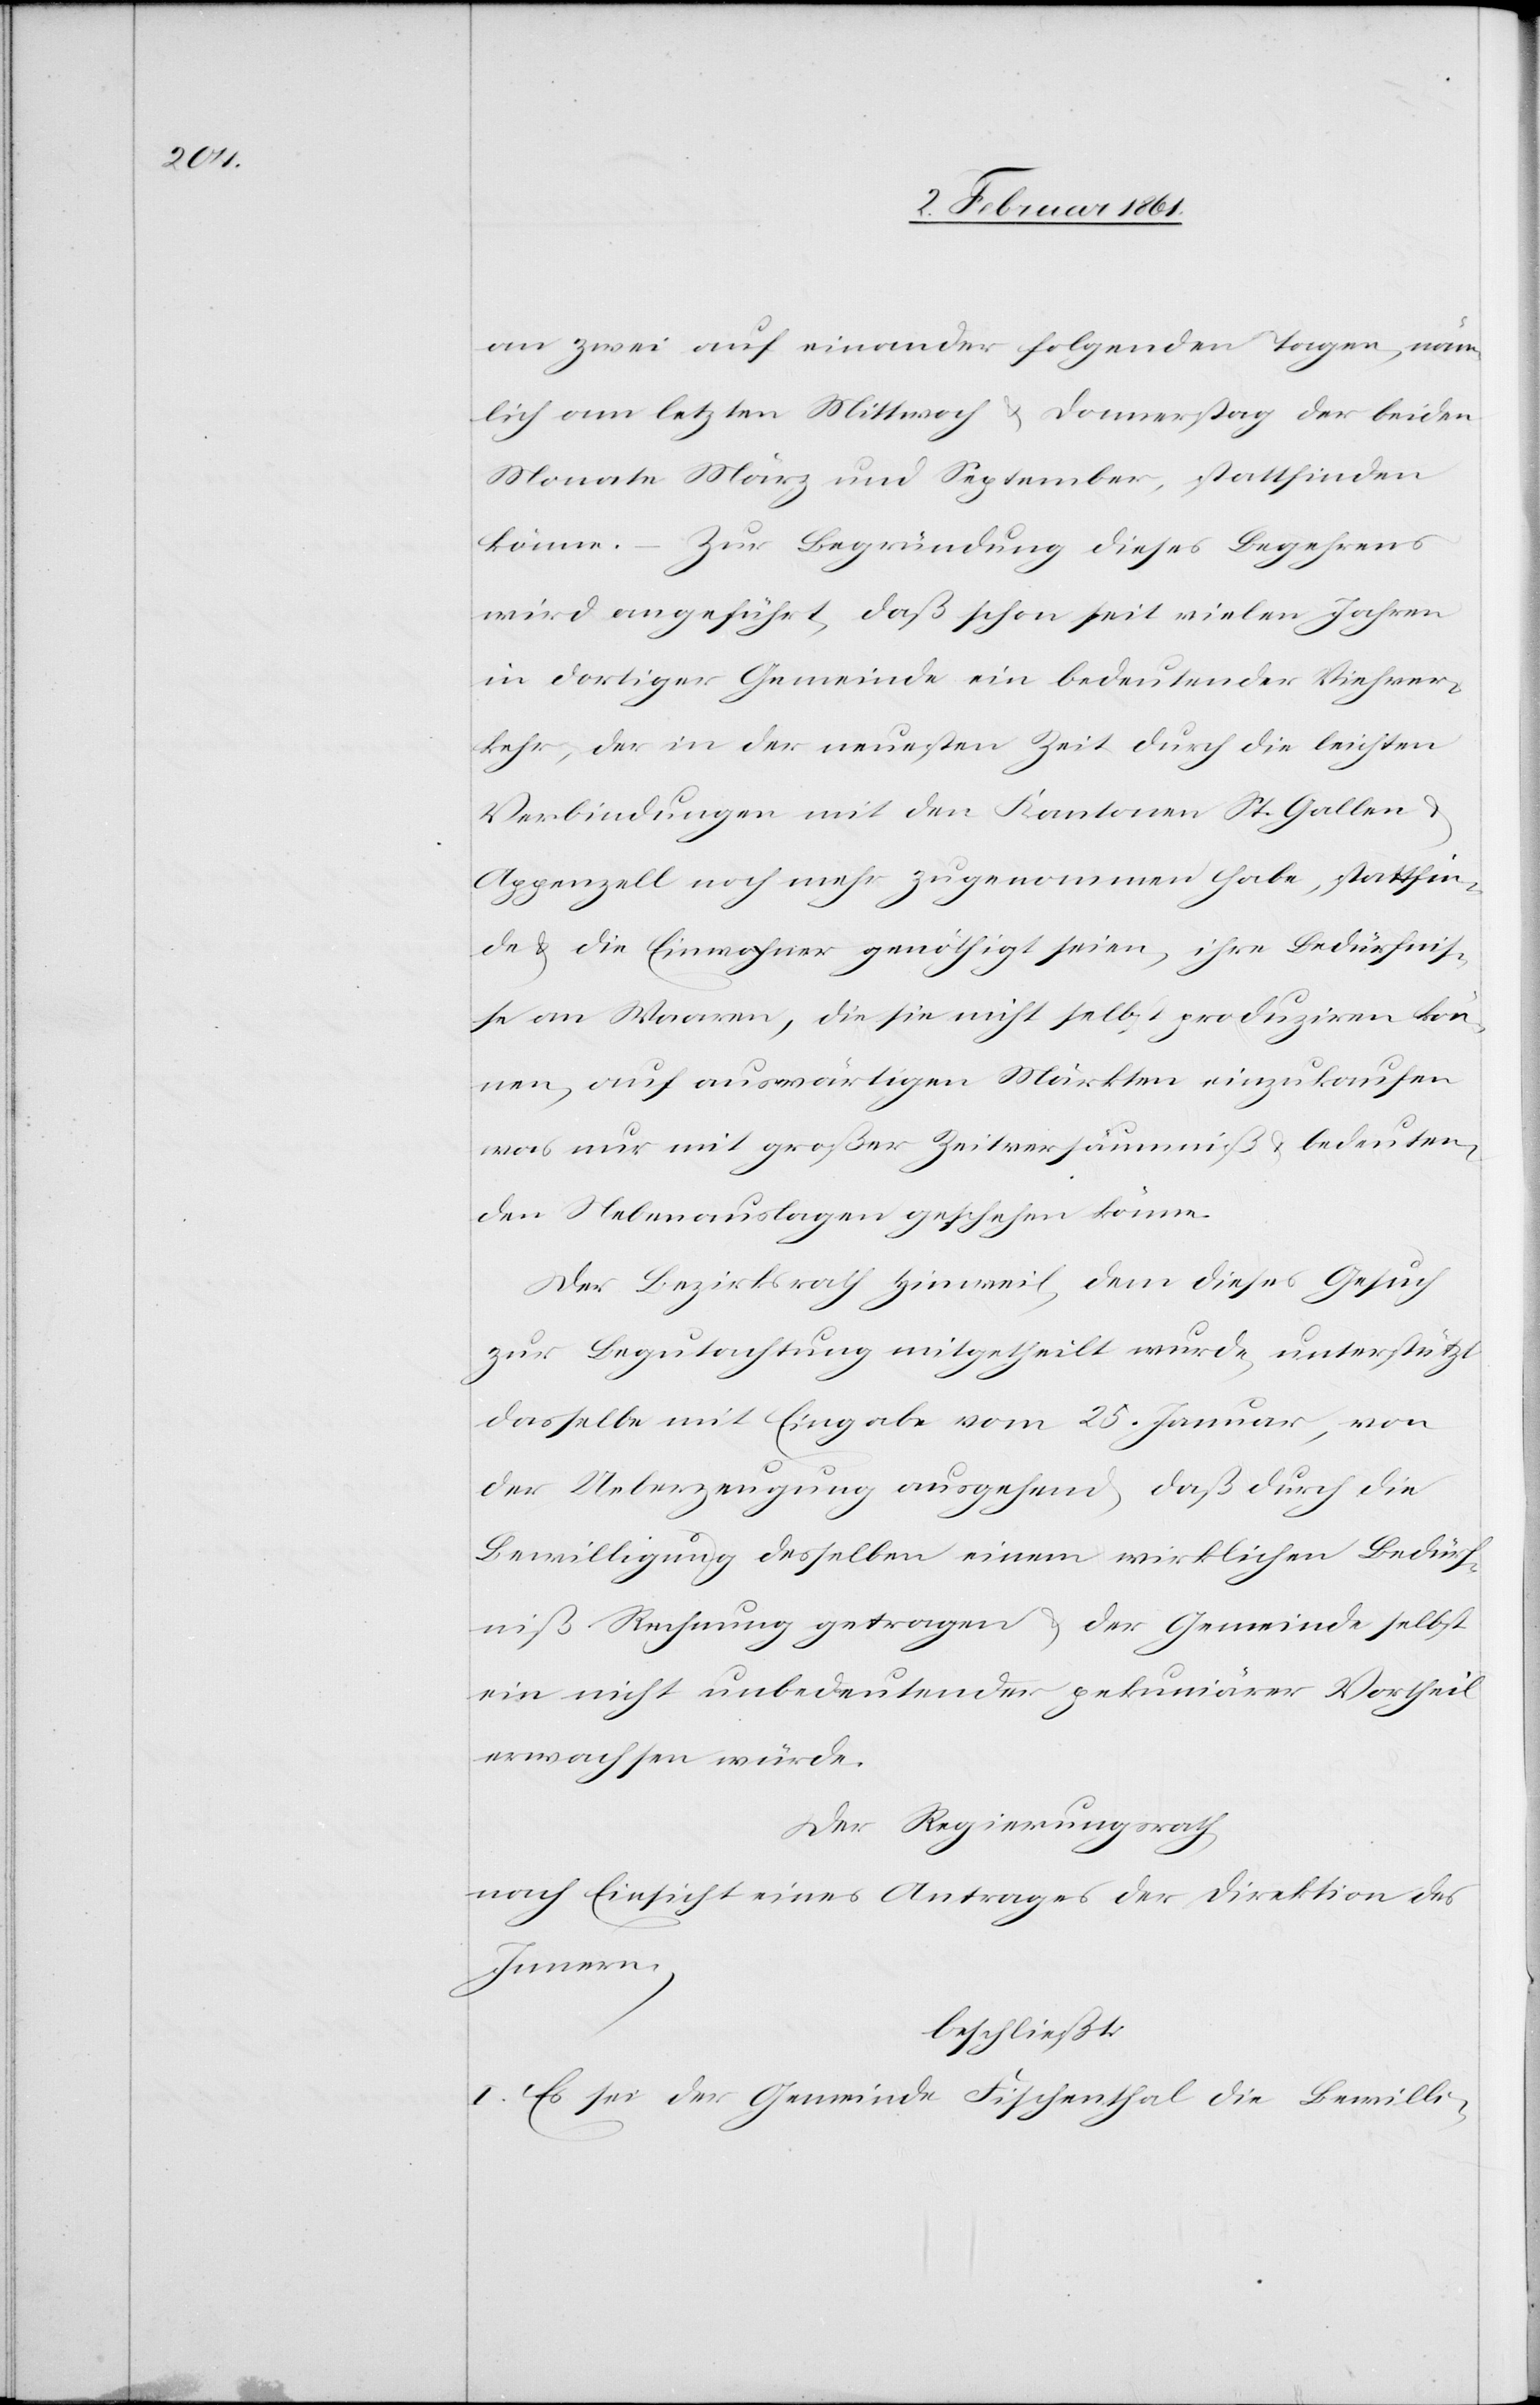
an zwei auf einander folgenden Tagen, näm¬
lich am letzten Mittwoch u. Donnerstag der beiden
Monate März und September, stattfinden
könne. Zur Begründung dieses Begehrens
wird angeführt, daß schon seit vielen Jahren
in dortiger Gemeinde ein bedeutender Viehver¬
kehr, der in der neuesten Zeit durch die leichten
Verbindungen mit den Kantonen St. Gallen
Appenzell noch mehr zugenommen habe, stattfin¬
de u. die Einwohner genöthigt seien, ihre Bedürfnis¬
se an Waaren, die sie nicht selbst produziren kön¬
nen, auf auswärtigen Märkten einzukaufen
was nur mit großer Zeitversäumniß u. bedeuten¬
den Nebenauslagen geschehen könne.
Der Bezirksrath Hinweil, dem dieses Gesuch
zur Begutachtung mitgetheilt wurde, unterstützt
dasselbe mit Eingabe vom 25. Januar, von
der Ueberzeugung ausgehend, daß durch die
Bewilligung desselben einem wirklichen Bedürf¬
niß Rechnung getragen u. der Gemeinde selbst
ein nicht unbedeutender pekuniärer Vortheil
erwachsen würde.
Der Regierungsrath,
nach Einsicht eines Antrages der Direktion des
Innern,
beschließt:
I. Es sei der Gemeinde Fischenthal die Bewilli-